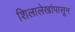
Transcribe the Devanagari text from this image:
शिलालेखांपासून